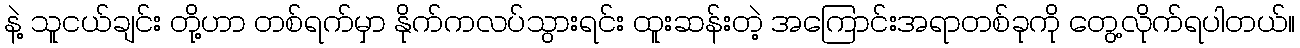
နဲ့ သူငယ်ချင်း တို့ဟာ တစ်ရက်မှာ နိုက်ကလပ်သွားရင်း ထူးဆန်းတဲ့ အကြောင်းအရာတစ်ခုကို တွေ့လိုက်ရပါတယ်။